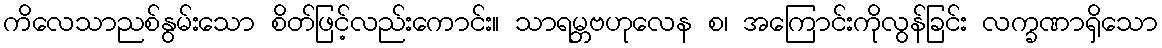
ကိလေသာညစ်နွမ်းသော စိတ်ဖြင့်လည်းကောင်း။ သာရမ္ဘဗဟုလေန စ၊ အကြောင်းကိုလွန်ခြင်း လက္ခဏာရှိသော